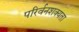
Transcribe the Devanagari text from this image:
परिर्वनशक्यता